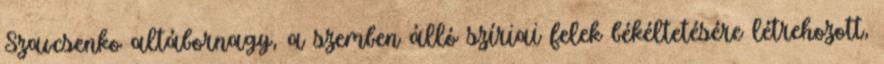
Szavcsenko altábornagy, a szemben álló szíriai felek békéltetésére létrehozott,